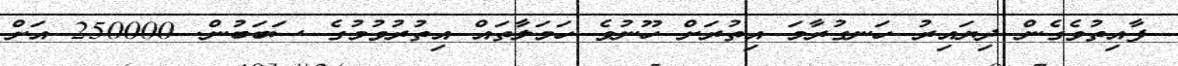
ފާއިތުވެގެން ދިޔައިރު ހަނގުރާމަ އިތުރަށް ހޫނުވެ ހަމަލާތައް އިތުރުވުމުގެ ސަބަބުން. 250000 އަށް